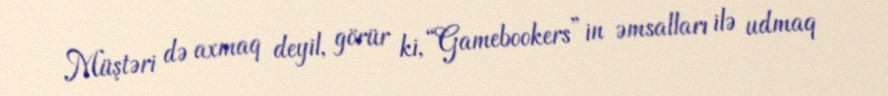
Müştəri də axmaq deyil, görür ki, “Gamebookers”in əmsalları ilə udmaq